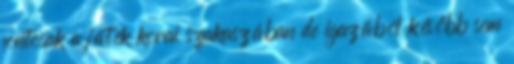
fontosak a játék korai szakaszában de igazából később sem